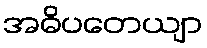
အဓိပတေယျာ